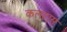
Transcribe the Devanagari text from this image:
कलहास